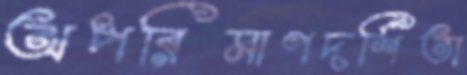
অপরিমাণদর্শিতা